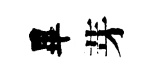
畢芽